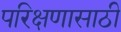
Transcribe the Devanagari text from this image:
परिक्षणासाठी